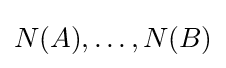
N(A),\ldots ,N(B)